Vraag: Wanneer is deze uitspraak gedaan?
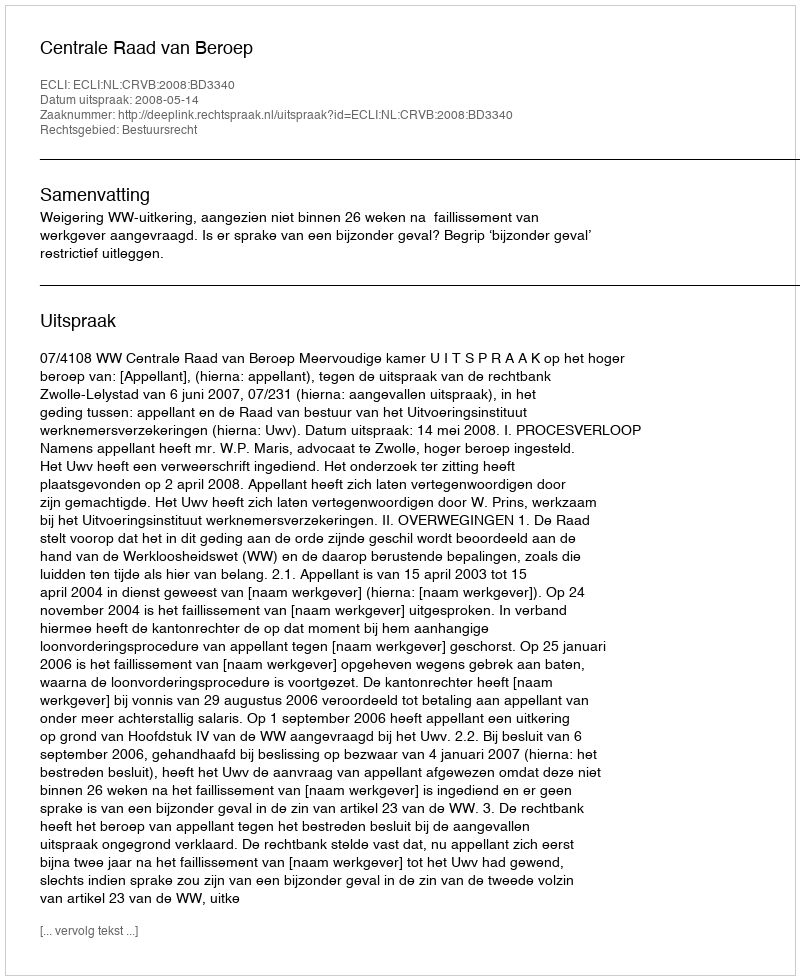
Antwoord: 2008-05-14